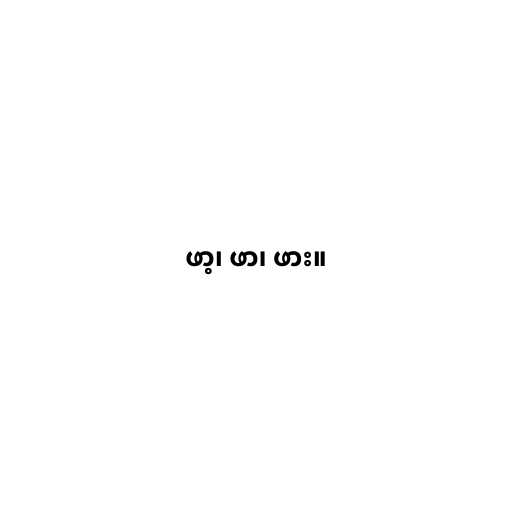
ဖာ့၊ ဖာ၊ ဖား။